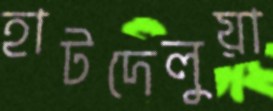
হাটদেলুয়া